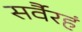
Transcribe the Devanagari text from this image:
सर्वैरहं